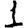
Digit: 1